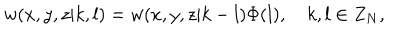
w ( x , y , z | k , l ) = w ( x , y , z | k - l ) \Phi ( l ) , \quad k , l \in Z _ { N } ,